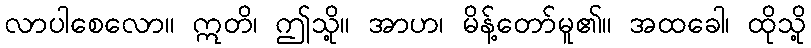
လာပါစေလော။ ဣတိ၊ ဤသို့။ အာဟ၊ မိန့်တော်မူ၏။ အထခေါ၊ ထိုသို့